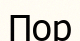
Пор